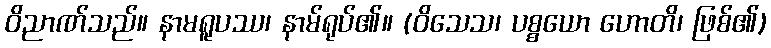
ဝိညာဏ်သည်။ နာမရူပဿ၊ နာမ်ရုပ်၏။ (ဝိသေသ၊ ပစ္စယော ဟောတိ၊ ဖြစ်၏)